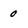
Character: 0